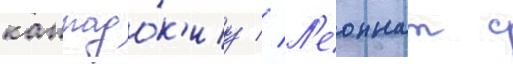
каппадо́к'иу // Л'еоннат с